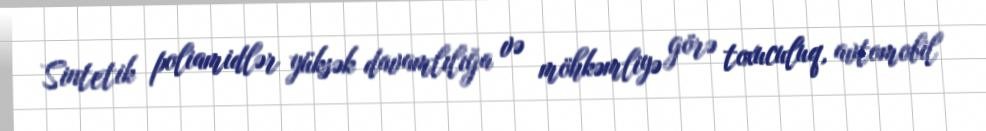
Sintetik poliamidlər yüksək davamlılığa və möhkəmliyə görə toxuculuq, avtomobil